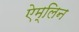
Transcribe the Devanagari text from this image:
ऐम्लिन